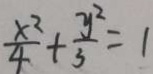
\frac { x ^ { 2 } } { 4 } + \frac { y ^ { 2 } } { 3 } = 1